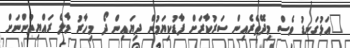
"އަޅުގަނޑު ވެސް މިދޭތެރެއިން ސަރުކާރަށް ފާޑުކިޔަމުން ދިޔައިން ދޯ މިހާރު މާލެ ރައްޔިތުންނަށް